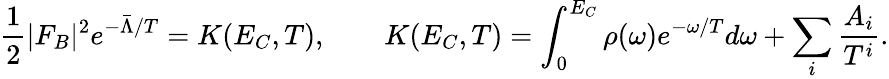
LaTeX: \frac 12|F_{B}|^{2}e^{-\bar{\Lambda}/T}=K(E_{C},T),\qquad K(E_{C},T)=\int_{0}^{E_{C}}\rho(\omega)e^{-\omega/T}d\omega+\sum_{i}\frac{A_{i}}{T^{i}}.